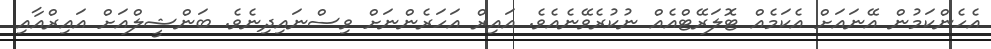
އެހެންކަމުން އޭނައަށް އެކަމެއް ޓޮލަރޭޓްއެއް ނުކުރެވޭނެއެވެ. އައިރް އަހަރެންނަށް ވިސްނައިދިނެވެ. ބަންޝީލްއަށް އައިރްއާއި